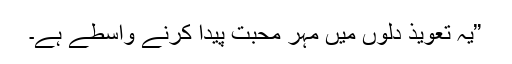
”یہ تعویذ دلوں میں مہر محبت پیدا کرنے واسطے ہے۔